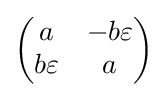
{\begin{pmatrix}a&-b\varepsilon \\b\varepsilon &a\end{pmatrix}}